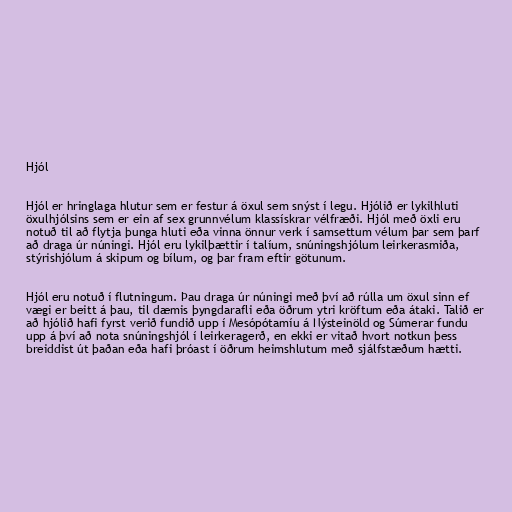
Hjól

Hjól er hringlaga hlutur sem er festur á öxul sem snýst í legu. Hjólið er lykilhluti
öxulhjólsins sem er ein af sex grunnvélum klassískrar vélfræði. Hjól með öxli eru
notuð til að flytja þunga hluti eða vinna önnur verk í samsettum vélum þar sem þarf
að draga úr núningi. Hjól eru lykilþættir í talíum, snúningshjólum leirkerasmiða,
stýrishjólum á skipum og bílum, og þar fram eftir götunum.

Hjól eru notuð í flutningum. Þau draga úr núningi með því að rúlla um öxul sinn ef
vægi er beitt á þau, til dæmis þyngdarafli eða öðrum ytri kröftum eða átaki. Talið er
að hjólið hafi fyrst verið fundið upp í Mesópótamíu á Nýsteinöld og Súmerar fundu
upp á því að nota snúningshjól í leirkeragerð, en ekki er vitað hvort notkun þess
breiddist út þaðan eða hafi þróast í öðrum heimshlutum með sjálfstæðum hætti.